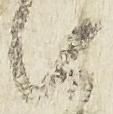
由